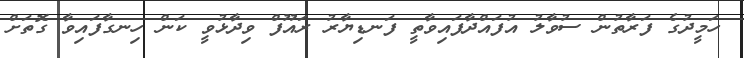
ހަމީދުގެ ފަރާތުން ސުވާލު އުފައްދާފައިވާތީ ފަނޑިޔާރު ރައޫފް ވިދާޅުވީ ކަން ހިނގާފައިވާ ގޮތަށް